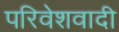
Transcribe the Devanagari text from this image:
परिवेशवादी